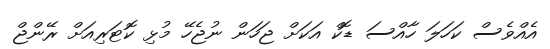
އެއްވެސް ކަހަލަ ހާއްސަ ޑޮކް އަކަށް ޖަހަން ނުޖެހޭ މުޅި ކޮޓަރިއަށް ރޭންޖް